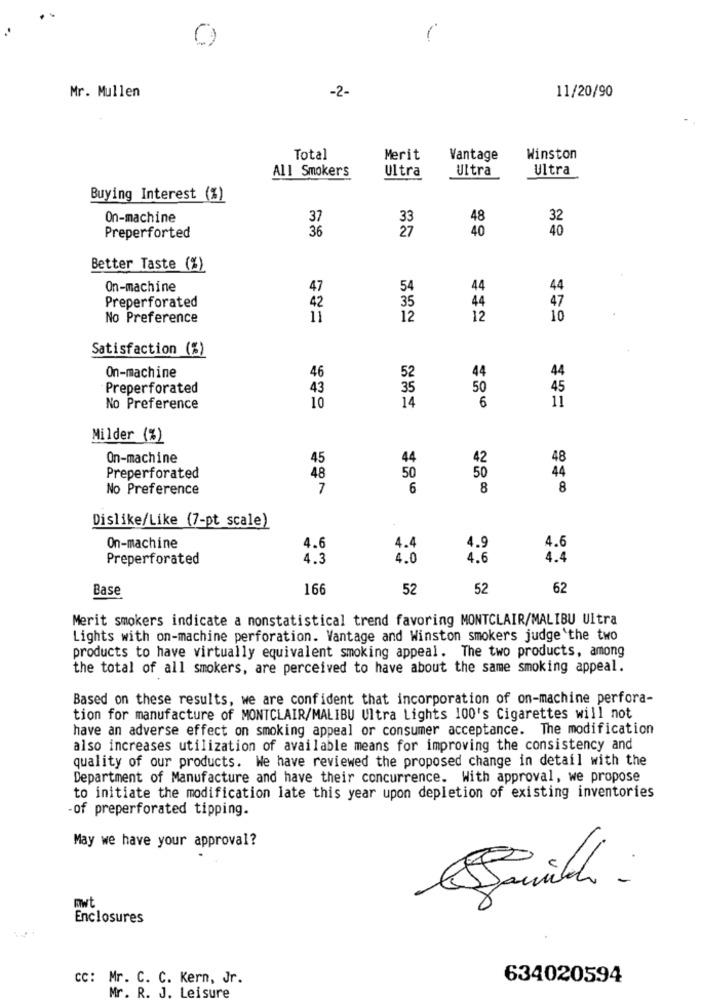
Mr. Mullen
-2-
11/20/90
Total
Merit
Vantage
Winston
All Smokers
Ultra
Ultra
Ultra
Buying Interest (%)
On-machine
37
33
48
32
36
27
40
40
Preperforted
Better Taste (%)
On-machine
47
54
44
44
42
35
44
47
Preperforated
No Preference
11
12
12
10
Satisfaction (%)
On-machine
46
44
44
52
Preperforated
43
35
50
45
14
11
No Preference
10
6
Milder (%)
On-machine
45
44
42
48
50
44
Preperforated
48
50
No Preference
7
6
8
8
Dislike/Like (7-pt scale)
On-machine
4.6
4.4
4.9
4.6
Preperforated
4.3
4.0
4.6
4.4
Base
166
52
52
62
Merit smokers indicate a nonstatistical trend favoring MONTCLAIR/MALIBU Ultra
Lights with on-machine perforation. Vantage and Winston smokers judge the two
products to have virtually equivalent smoking appeal. The two products, among
the total of all smokers, are perceived to have about the same smoking appeal.
Based on these results, we are confident that incorporation of on-machine perfora-
tion for manufacture of MONTCLAIR/MALIBU Ultra Lights 100's Cigarettes will not
have an adverse effect on smoking appeal or consumer acceptance. The modification
also increases utilization of available means for improving the consistency and
quality of our products. We have reviewed the proposed change in detail with the
Department of Manufacture and have their concurrence. With approval, we propose
to initiate the modification late this year upon depletion of existing inventories
-of preperforated tipping.
May we have your approval?
V
mwt
Enclosures
CC: Mr. C. C. Kern, Jr.
634020594
Mr. R. J. Leisure